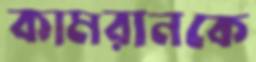
কামরানকে